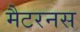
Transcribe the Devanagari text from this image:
मैटरनस